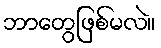
ဘာတွေဖြစ်မလဲ။